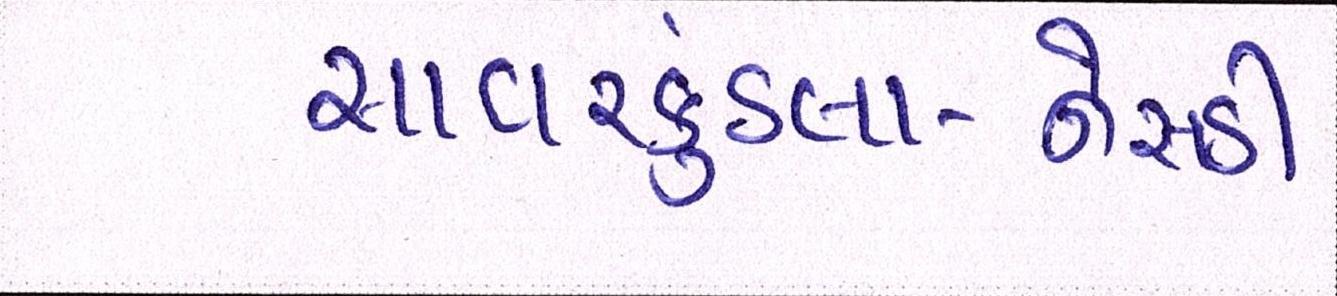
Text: સાવરકુંડલા-નેસડી